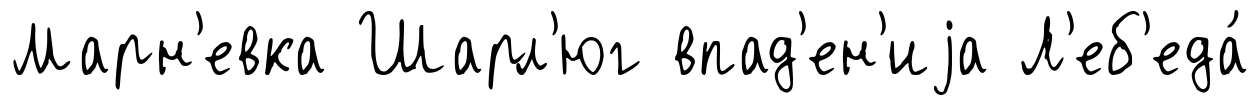
Марн'евка Шарл'юг впад'ен'иjа Л'еб'еда́